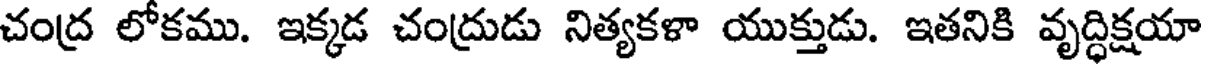
చంద్ర లోకము. ఇక్కడ చంద్రుడు నిత్యకళా యుక్తుడు. ఇతనికి వృద్ధిక్షయా